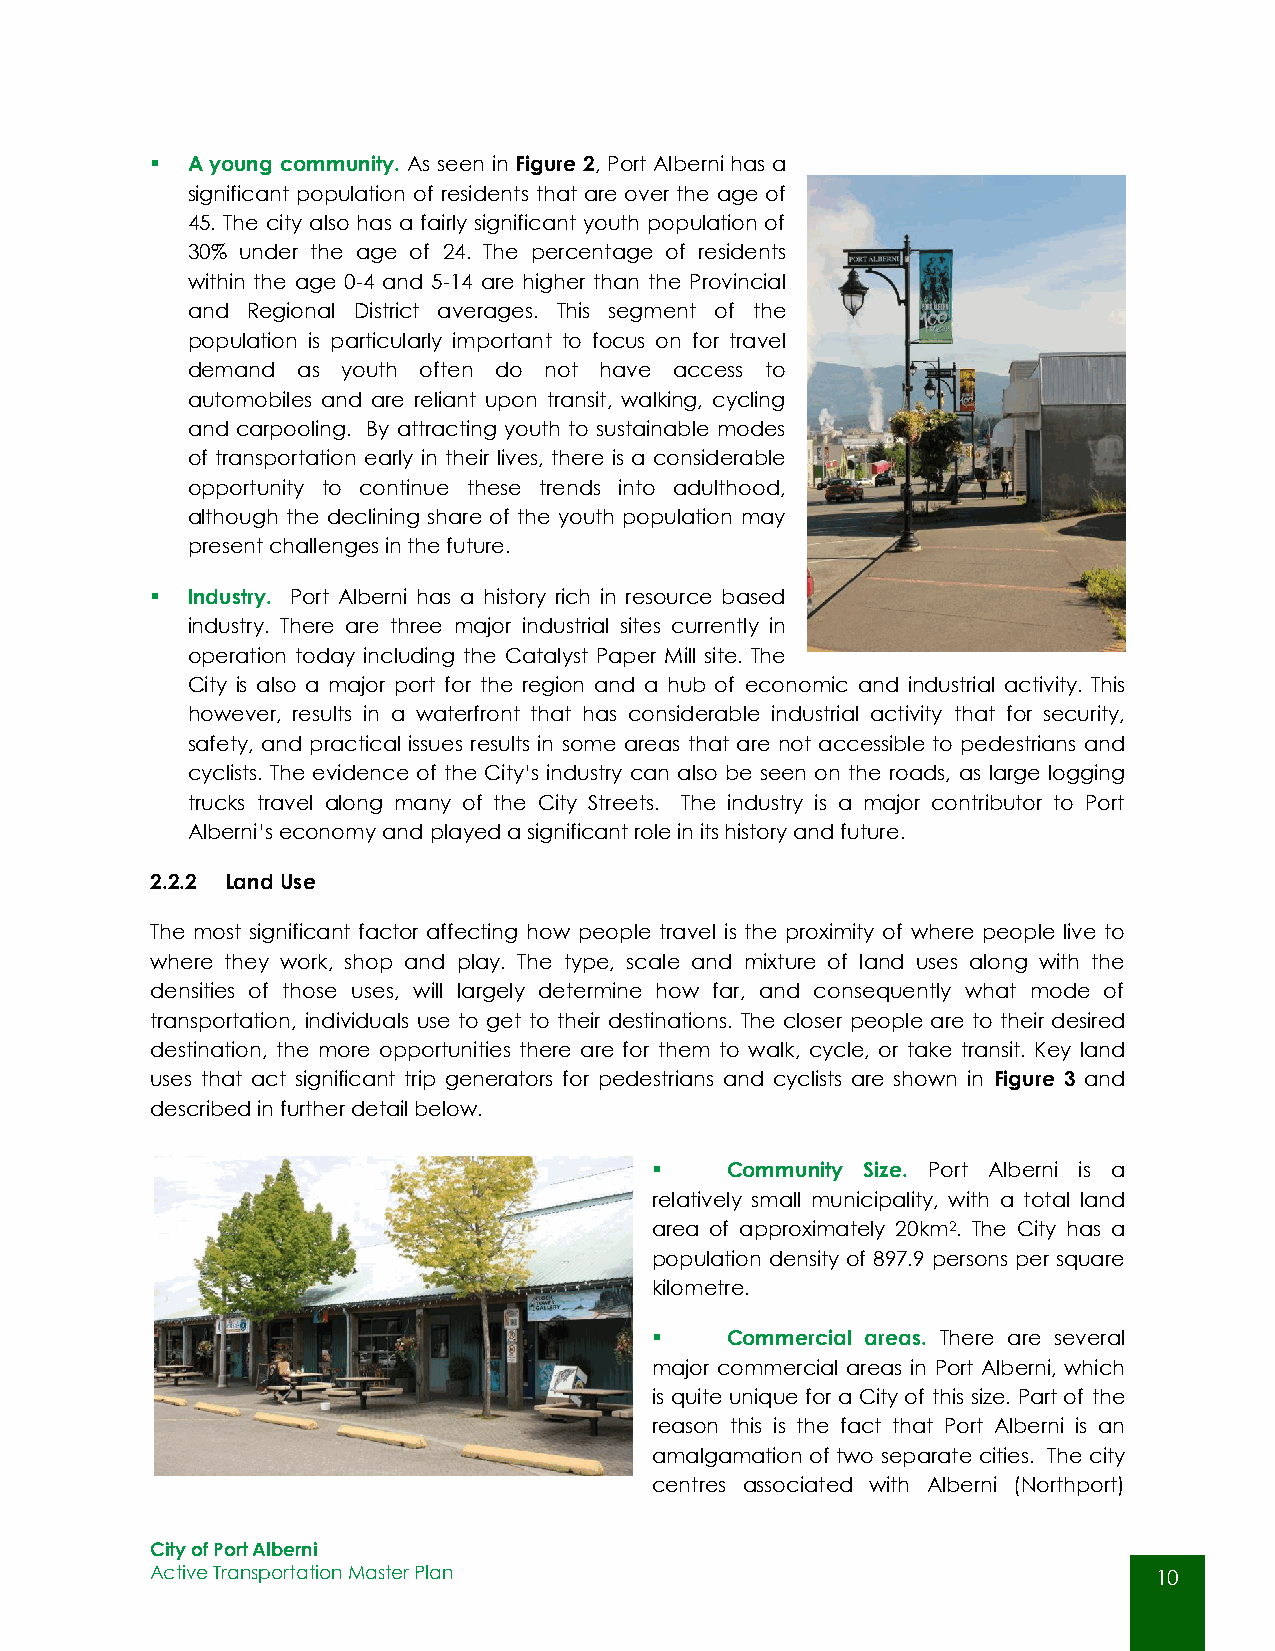
 A young community. As seen in Figure 2, Port Alberni has a
 significant population of residents that are over the age of
 45. The city also has a fairly significant youth population of
 30% under the age of 24. The percentage of residents
 within the age 0-4 and 5-14 are higher than the Provincial
 and Regional District averages. This segment of the
 population is particularly important to focus on for travel
 demand  as youth often do not have access to
 automobiles and are reliant upon transit, walking, cycling
 and carpooling. By attracting youth to sustainable modes
 of transportation early in their lives, there is a considerable
 opportunity to continue these trends into adulthood,
 although the declining share of the youth population may
 present challenges in the future.
  Industry. Port Alberni has a history rich in resource based
 industry. There are three major industrial sites currently in
 operation today including the Catalyst Paper Mill site. The
 City is also a major port for the region and a hub of economic and industrial activity. This
 however, results in a waterfront that has considerable industrial activity that for security,
 safety, and practical issues results in some areas that are not accessible to pedestrians and
 cyclists. The evidence of the City’s industry can also be seen on the roads, as large logging
 trucks travel along many of the City Streets. The industry is a major contributor to Port
 Alberni’s economy and played a significant role in its history and future.
 2.2.2 Land Use
 The most significant factor affecting how people travel is the proximity of where people live to
 where they work, shop and play. The type, scale and mixture of land uses along with the
 densities of those uses, will largely determine how far, and consequently what mode of
 transportation, individuals use to get to their destinations. The closer people are to their desired
 destination, the more opportunities there are for them to walk, cycle, or take transit. Key land
 uses that act significant trip generators for pedestrians and cyclists are shown in Figure 3 and
 described in further detail below.
     Community Size. Port Alberni is a
 relatively small municipality, with a total land
 area of approximately 20km2. The City has a
 population density of 897.9 persons per square
 kilometre.
     Commercial areas. There are several
 major commercial areas in Port Alberni, which
 is quite unique for a City of this size. Part of the
 reason this is the fact that Port Alberni is an
 amalgamation of two separate cities. The city
 centres associated with Alberni (Northport)
 City of Port Alberni
 Active Transportation Master Plan                                  10
 10